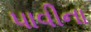
પાવીના